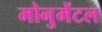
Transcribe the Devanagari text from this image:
मोनुमेंटल